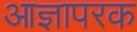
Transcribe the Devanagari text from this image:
आज्ञापरक